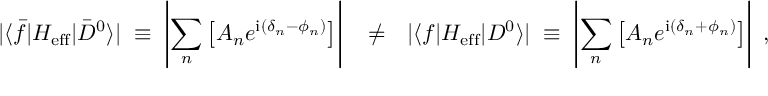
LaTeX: | \langle \bar { f } | { \cal H } _ { \mathrm { e f f } } | \bar { D } ^ { 0 } \rangle | \; \equiv \; \left| \sum _ { n } \left[ A _ { n } e ^ { \mathrm { i } ( \delta _ { n } - \phi _ { n } ) } \right] \right| ~ ~ \neq ~ ~ | \langle f | { \cal H } _ { \mathrm { e f f } } | D ^ { 0 } \rangle | \; \equiv \; \left| \sum _ { n } \left[ A _ { n } e ^ { \mathrm { i } ( \delta _ { n } + \phi _ { n } ) } \right] \right| \; ,